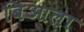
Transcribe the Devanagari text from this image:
बिआला